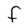
Character: F